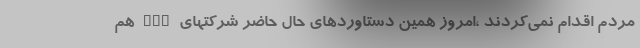
مردم اقدام نمی‌کردند ،امروز همین دستاوردهای حال حاضر شرکتهای fcp هم